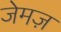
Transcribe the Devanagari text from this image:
जेमज़